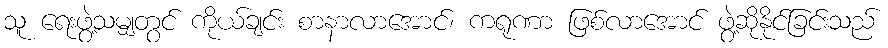
သူ ရေးဖွဲ့သမျှတွင် ကိုယ်ချင်း စာနာလာအောင်၊ ကရုဏာ ဖြစ်လာအောင် ဖွဲ့ဆိုနိုင်ခြင်းသည်